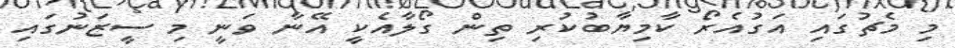
މި މެޗުގައި އަގުއެރޯ ކާމިޔާބުކުރި ތިން ގޯލާއެކީ އޭނާ ވަނީ މި ސީޒަނުގައި